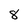
Character: 8